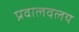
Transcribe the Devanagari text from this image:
प्रवालवलय